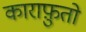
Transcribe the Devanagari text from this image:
काराफ़ुतो